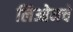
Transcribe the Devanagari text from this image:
लिओनचे